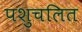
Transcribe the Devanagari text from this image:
पशुचलित